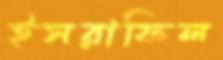
ইসরাফিল